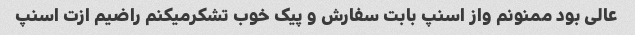
عالی بود ممنونم واز اسنپ بابت سفارش و پیک خوب تشکرمیکنم راضیم ازت اسنپ